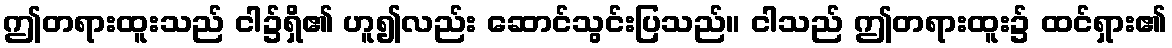
ဤတရားထူးသည် ငါ၌ရှိ၏ ဟူ၍လည်း ဆောင်သွင်းပြသည်။ ငါသည် ဤတရားထူး၌ ထင်ရှား၏